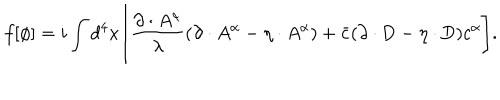
f [ \phi ] = i \int d ^ { 4 } x \Biggl [ { \frac { \partial \cdot A ^ { \alpha } } { \lambda } } ( \partial \cdot A ^ { \alpha } - \eta \cdot A ^ { \alpha } ) + { \bar { c } } ( \partial \cdot \mathrm { D } - \eta \cdot \mathrm { D } ) c ^ { \alpha } \Biggr ] .